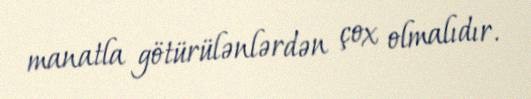
manatla götürülənlərdən çox olmalıdır.